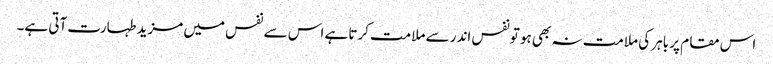
اس مقام پر باہر کی ملامت نہ بھی ہو تونفس اندر سے ملامت کرتا ہے اس سے نفس میں مزید طہارت آتی ہے۔